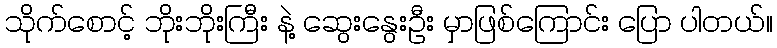
သိုက်စောင့် ဘိုးဘိုးကြီး နဲ့ ဆွေးနွေးဦး မှာဖြစ်ကြောင်း ပြော ပါတယ်။